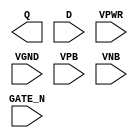
module sky130_fd_sc_hdll__dlxtn (
    Q     ,
    D     ,
    GATE_N,
    VPWR  ,
    VGND  ,
    VPB   ,
    VNB
);

    output Q     ;
    input  D     ;
    input  GATE_N;
    input  VPWR  ;
    input  VGND  ;
    input  VPB   ;
    input  VNB   ;
endmodule